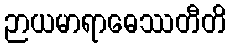
ဉာယမာရာဓေဿတီတိ